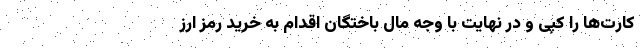
کارت‌ها را کپی و در نهایت با وجه مال باختگان اقدام به خرید رمز ارز